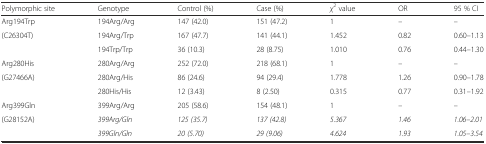
| Polymorphic site | Genotype | Control (%) | Case (%) | χ2 value | OR | 95 % CI |
 | --- | --- | --- | --- | --- | --- | --- |
 | Arg194Trp | 194Arg/Arg | 147 (42.0) | 151 (47.2) | 1 | – | – |
 | <ROWSPAN=2> (C26304T) | 194Arg/Trp | 167 (47.7) | 141 (44.1) | 1.452 | 0.82 | 0.60–1.13 |
 | 194Trp/Trp | 36 (10.3) | 28 (8.75) | 1.010 | 0.76 | 0.44–1.30 |
 | Arg280His | 280Arg/Arg | 252 (72.0) | 218 (68.1) | 1 | – | – |
 | <ROWSPAN=2> (G27466A) | 280Arg/His | 86 (24.6) | 94 (29.4) | 1.778 | 1.26 | 0.90–1.78 |
 | 280His/His | 12 (3.43) | 8 (2.50) | 0.315 | 0.77 | 0.31–1.92 |
 | Arg399Gln | 399Arg/Arg | 205 (58.6) | 154 (48.1) | 1 | – | – |
 | <ROWSPAN=2> (G28152A) | 399Arg/Gln | 125 (35.7) | 137 (42.8) | 5.367 | 1.46 | 1.06–2.01 |
 | 399Gln/Gln | 20 (5.70) | 29 (9.06) | 4.624 | 1.93 | 1.05–3.54 |